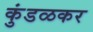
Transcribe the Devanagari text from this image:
कुंडळकर